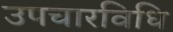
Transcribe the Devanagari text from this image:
उपचारविधि